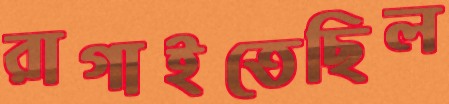
রাগাইতেছিল